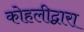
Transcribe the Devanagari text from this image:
कोहलीद्वारा